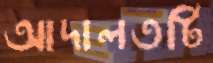
আদালতটি